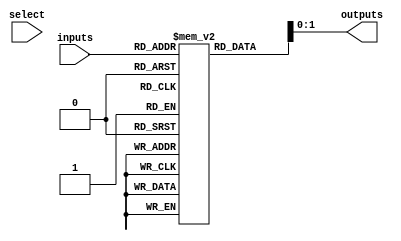
module combinational_logic_block #(
    parameter N = 4, // Number of input lines
    parameter M = 2  // Number of output lines
)(
    input wire [N-1:0] inputs, // Input signals
    input wire [N-1:0] select, // Select lines for LUT configuration
    output wire [M-1:0] outputs // Output signals
);

// Internal signals
wire [N-1:0] lut_out; // Output from LUT
reg [N-1:0] lut_config [0:2**N-1]; // LUT configuration storage

// Example LUT configuration for a simple logic function
initial begin
    // Example: 4-input LUT for a specific logic function
    lut_config[0] = 4'b0000; // 0
    lut_config[1] = 4'b0001; // A
    lut_config[2] = 4'b0010; // B
    lut_config[3] = 4'b0011; // A + B
    lut_config[4] = 4'b0100; // C
    lut_config[5] = 4'b0101; // A & C
    lut_config[6] = 4'b0110; // B & C
    lut_config[7] = 4'b0111; // A + B + C
    // ... (continue for all combinations)
end

// LUT implementation
assign lut_out = lut_config[inputs];

// Output logic (example: simply passing LUT output to outputs)
assign outputs = lut_out[M-1:0];

// Timing constraints (for simulation purposes)
`timescale 1ns / 1ps
// Define timing constraints here if needed for simulation

endmodule